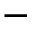
-